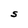
Character: S